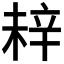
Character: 𬨗